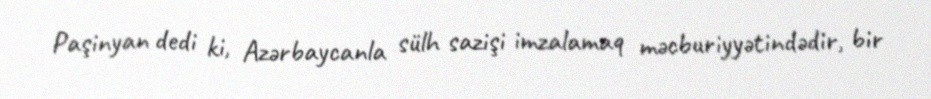
Paşinyan dedi ki, Azərbaycanla sülh sazişi imzalamaq məcburiyyətindədir, bir